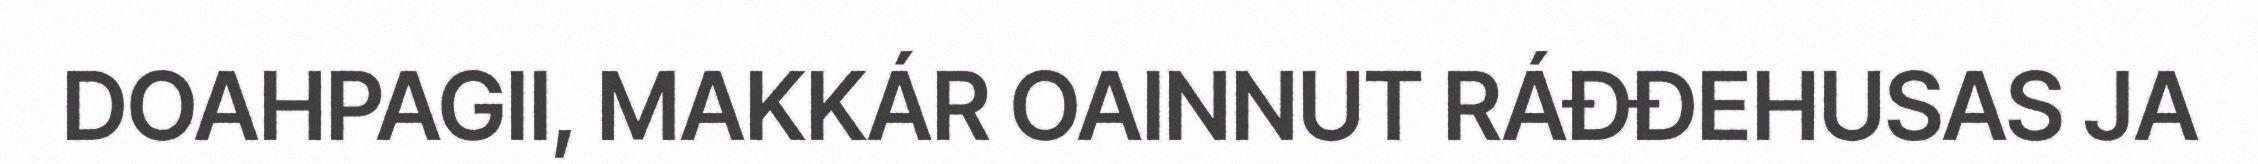
DOAHPAGII, MAKKÁR OAINNUT RÁĐĐEHUSAS JA